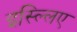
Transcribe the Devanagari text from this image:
इस्ल्लिए